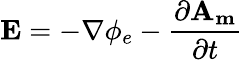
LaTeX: \mathbf{E}=-\nabla\phi_{e}-\frac{\partial\mathbf{A_{m}}}{\partial t}